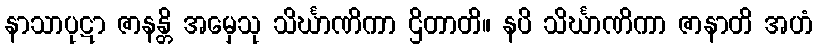
နာသာပုဋာ ဇာနန္တိ အမှေသု သိင်္ဃာဏိကာ ဌိတာတိ။ နပိ သိင်္ဃာဏိကာ ဇာနာတိ အဟံ